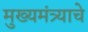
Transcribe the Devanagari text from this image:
मुख्यमंत्र्याचे